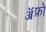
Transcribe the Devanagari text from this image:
ॲफ्रो